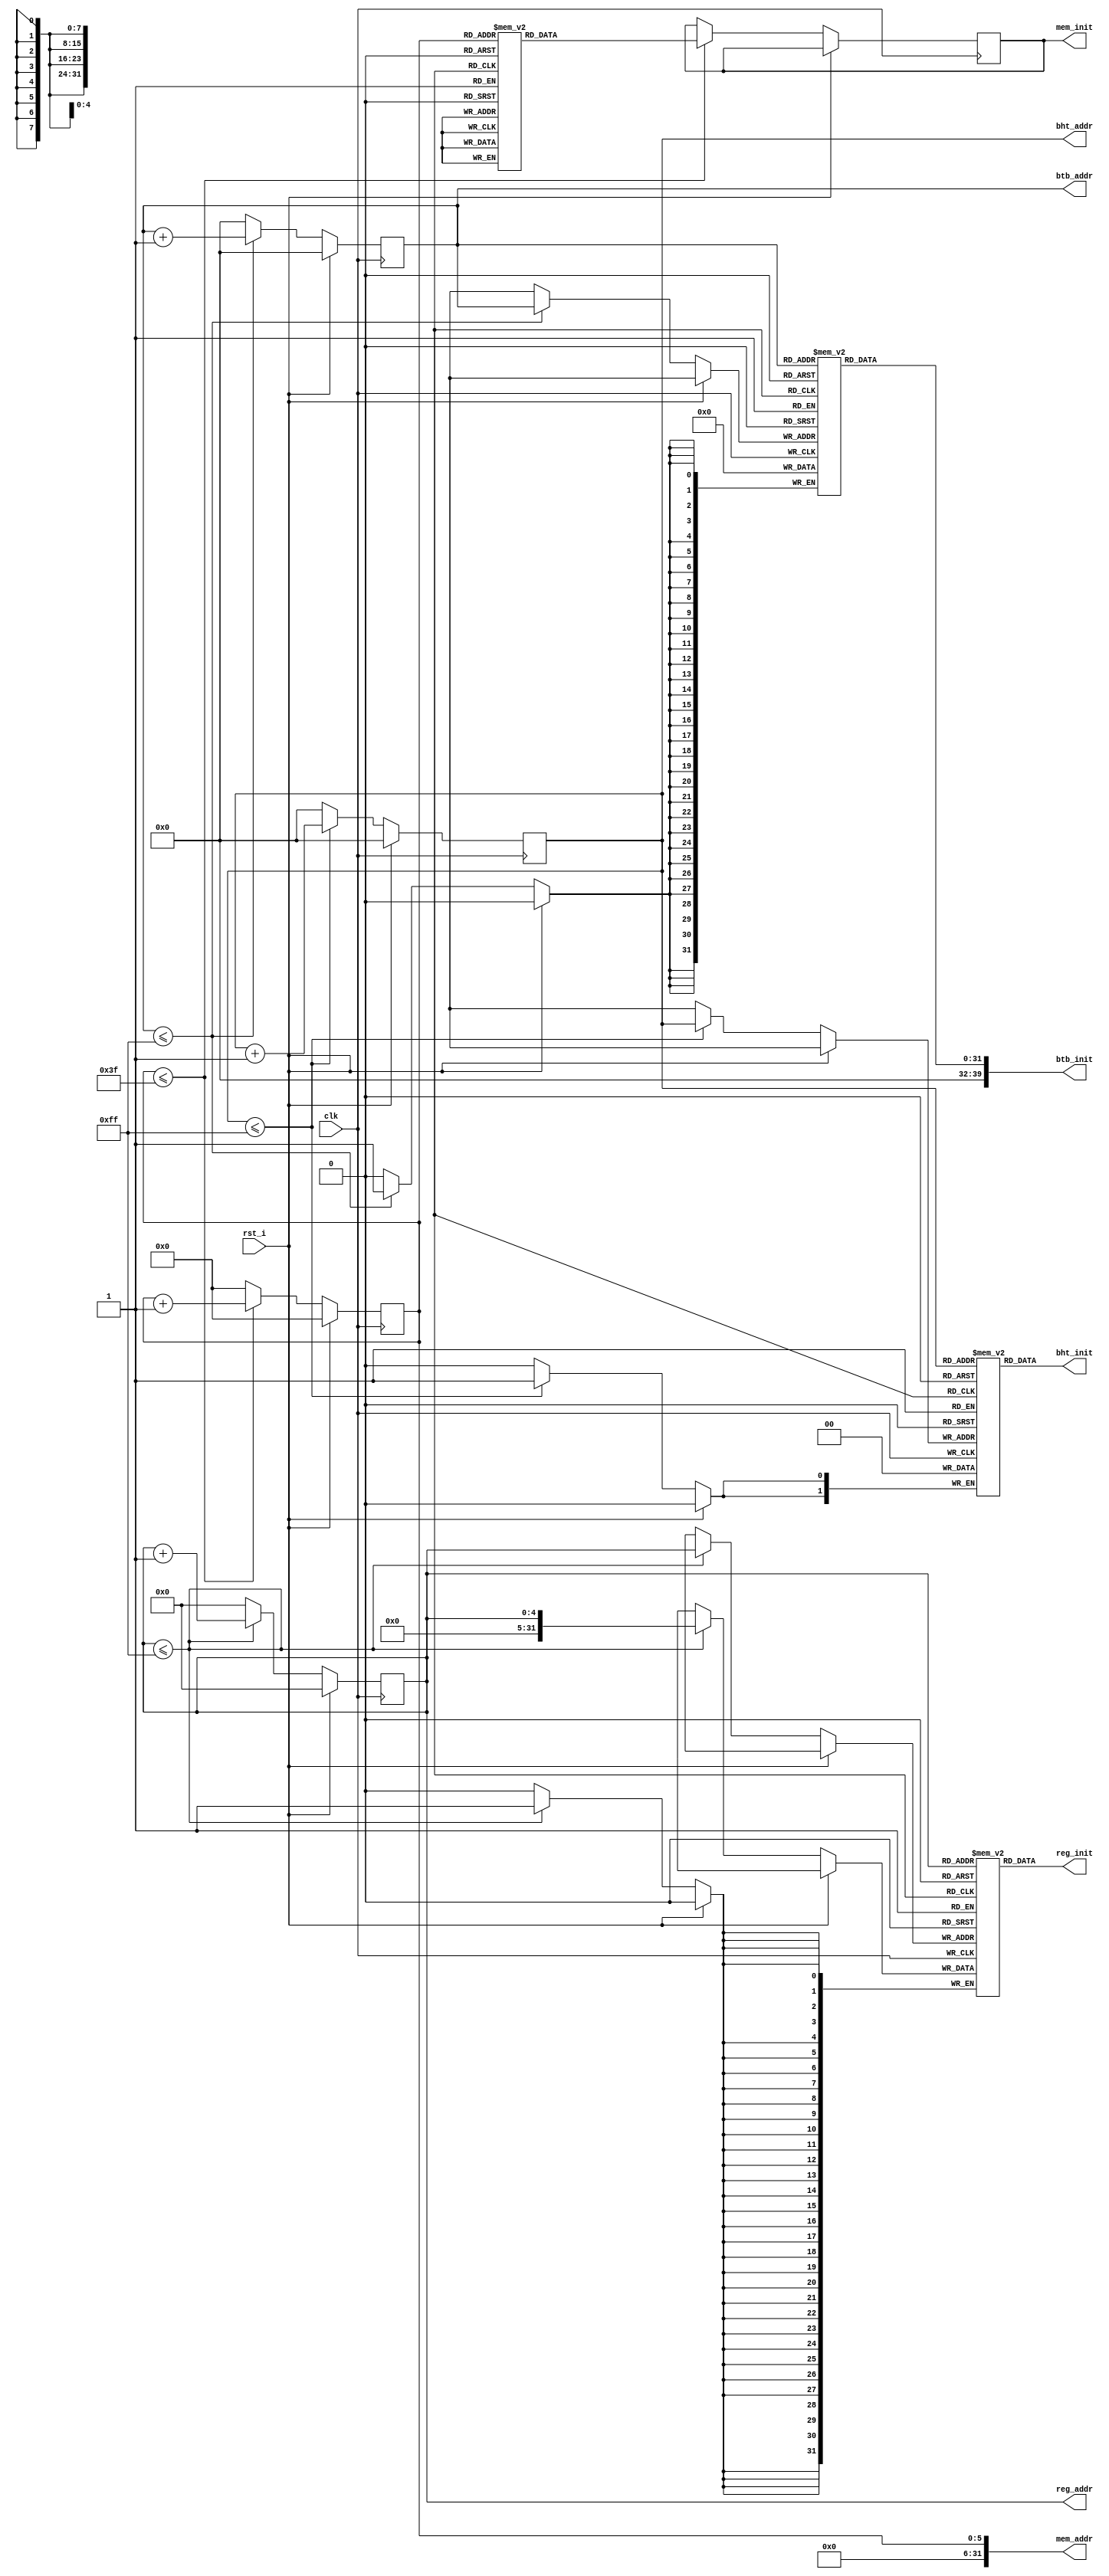
module INITIAL_MODULE
(
    input       clk             ,
    input       rst_i           ,

    output  [39:0]  btb_init    ,
    output  [7:0]   btb_addr    ,

    output  [1:0]   bht_init    ,
    output  [7:0]   bht_addr    ,

    output  [31:0]  reg_init    ,    
    output  [4:0]   reg_addr    ,
    output  [31:0]  mem_init    ,    
    output  [31:0]  mem_addr
);

    reg [31:0] 	register_file [0:31];
    reg [31:0]  btb [0:255];
    reg [1:0]   bht [0:255];
    reg [31:0]  mem [0:26];
    reg [31:0]  mem_init;

    // BTB initialization
    reg [7:0] btb_addr_r;
    always @ (posedge clk)
    begin
        if (rst_i)
        begin
            btb_addr_r <= 8'b0;
        end
        else if (btb_addr_r <= 8'd255)
        begin
            btb[btb_addr_r] <= 40'b0;
            btb_addr_r <= btb_addr_r + 1;
        end
        else 
        begin
            btb_addr_r <= 8'b0;
        end
    end

    assign btb_init = btb[btb_addr_r];
    assign btb_addr = btb_addr_r;

    // BHT initialization
    reg [7:0] bht_addr_r;
    always @ (posedge clk)
    begin
        if (rst_i)
        begin
            bht_addr_r <= 8'b0;
        end
        else if (bht_addr_r <= 8'd255)
        begin
            bht[bht_addr_r] <= 2'b0;
            bht_addr_r <= bht_addr_r + 1;
        end
        else 
        begin
            bht_addr_r <= 8'b0;
        end
    end

    assign bht_init = bht[bht_addr_r];
    assign bht_addr = bht_addr_r;

    // Register file initialization
    reg [4:0] reg_addr_r;
    always @ (posedge clk)
    begin
        if (rst_i)
        begin
            reg_addr_r <= 5'b0;
        end
        else if (reg_addr_r <= 8'd255)
        begin
            register_file[reg_addr_r] <= reg_addr;
            reg_addr_r <= reg_addr_r + 1;
        end
        else
        begin
            reg_addr_r <= 5'b0;
        end
    end

    assign reg_init = register_file[reg_addr_r];
    assign reg_addr = reg_addr_r;

    // Memory initilization
    reg [5:0] mem_addr_r;
    always @ (posedge clk)
    begin
        if (rst_i) begin
            mem_addr_r <= 6'b0;
        end
        else if (mem_addr_r <= 6'd63) begin
            case(mem_addr_r)
                6'd0 : mem_init <= 4;
                6'd1 : mem_init <= 7;
                6'd2 : mem_init <= 2;
                6'd3 : mem_init <= 4;
                6'd4 : mem_init <= 1;
                6'd5 : mem_init <= 8;
                6'd6 : mem_init <= 4;
                6'd7 : mem_init <= 2;
                6'd8 : mem_init <= 6;
                6'd9 : mem_init <= 9;
                6'd10 : mem_init <= 3;
                6'd11 : mem_init <= 1;
                6'd12 : mem_init <= 4;
                6'd13 : mem_init <= 2;
                6'd14 : mem_init <= 5;
                6'd15 : mem_init <= 8;
                6'd16 : mem_init <= 5;
                6'd17 : mem_init <= 2;
                6'd18 : mem_init <= 6;
                6'd19 : mem_init <= 9;
                6'd20 : mem_init <= 2;
                6'd21 : mem_init <= 4;
                6'd22 : mem_init <= 8;
                6'd23 : mem_init <= 1;
                6'd24 : mem_init <= 4;
                6'd25 : mem_init <= 7;
                6'd26 : mem_init <= 9;
                6'd27 : mem_init <= 4;
                6'd28 : mem_init <= 3;
                6'd29 : mem_init <= 6;
                6'd30 : mem_init <= 1;
                6'd31 : mem_init <= 9;
                6'd32 : mem_init <= 4;
                6'd33 : mem_init <= 7;
                6'd34 : mem_init <= 2;
                6'd35 : mem_init <= 5;
                6'd36 : mem_init <= 3;
                6'd37 : mem_init <= 8;
                6'd38 : mem_init <= 2;
                6'd39 : mem_init <= 9;
                6'd40 : mem_init <= 1;
                default : mem_init <= 0;

            endcase
            mem_addr_r <= mem_addr_r + 1;
        end
        else begin
            mem_addr_r <= 6'b0;
        end
    end
    assign mem_addr = {26'b0, mem_addr_r};

endmodule